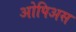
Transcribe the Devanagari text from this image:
ओपिअस